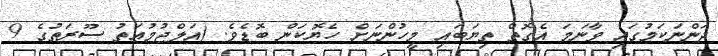
ދަންނަކަމުގައި ވާނަމަ އެގޮތް ތިޔަބައި މީހުންނަށް ހެޔޮކަން ބޮޑެވެ. (އަލްޖުމުޢަތު ސޫރަތުގެ 9